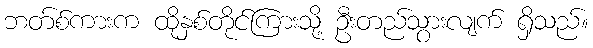
ဘတ်စ်ကားက ထိုနှစ်တိုင်ကြားသို့ ဦးတည်သွားလျက် ရှိသည်။